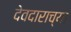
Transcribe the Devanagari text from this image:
देवदाराच्या